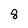
Character: 8